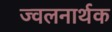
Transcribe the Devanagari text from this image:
ज्वलनार्थक